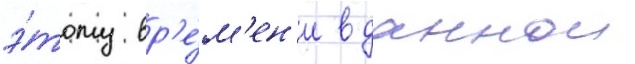
э́тому вр'е́м'ен'и в даннои